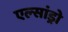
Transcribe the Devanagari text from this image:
एल्‍सांड्रो